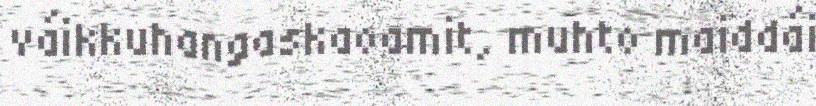
váikkuhangaskaoamit, muhto maiddái